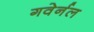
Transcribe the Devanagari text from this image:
गवेर्नल